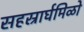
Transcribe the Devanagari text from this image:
सहस्रार्घमिळो